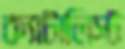
ক্যাটালিস্ট